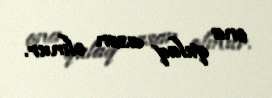
ona qulaq asan olmur.